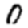
Digit: 0